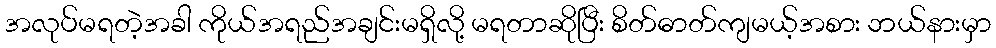
အလုပ်မရတဲ့အခါ ကိုယ်အရည်အချင်းမရှိလို့ မရတာဆိုပြီး စိတ်ဓာတ်ကျမယ့်အစား ဘယ်နားမှာ